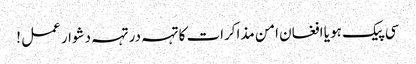
سی پیک ہو یا افغان امن مذاکرات کا تہہ در تہہ دشوار عمل !